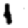
Digit: 1